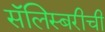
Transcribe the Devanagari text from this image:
सॅलिस्बरीची